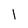
Character: I